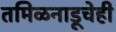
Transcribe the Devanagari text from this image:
तमिळनाडूचेही